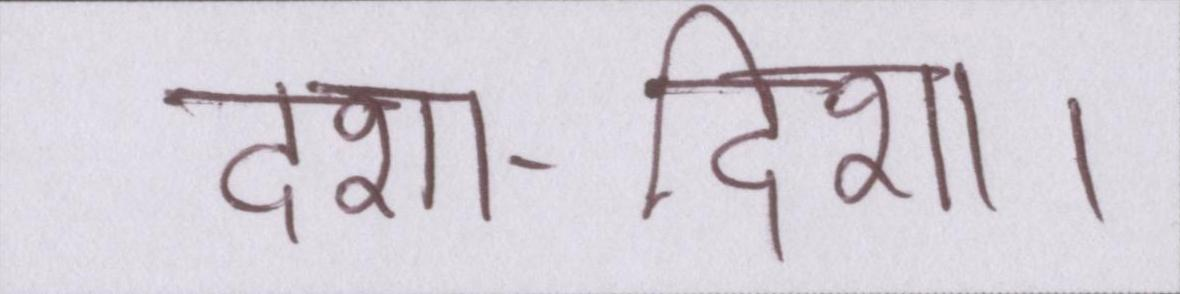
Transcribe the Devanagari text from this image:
दशा-दिशा।